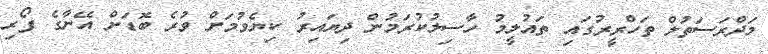
މަދްރަސަތުލް ތަހްރީރުގައި ތައުލީމު ހާސިލުކުރަމުން ދިޔައިރު ކިޔެވުމަށް ވުރެ ބޮޑަށް އޭނާގެ ފޯރި